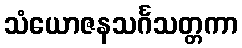
သံယောဇနသင်္ဂသတ္တကာ